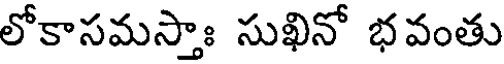
లోకాసమస్తాః సుఖినో భవంతు